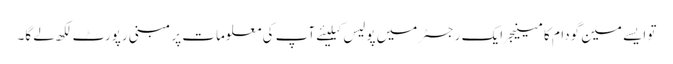
تو ایسے مین گودام کا مینیجر ایک رجسٹر میں پولیس کیلیئے آپ کی معلومات پر مبنی رپورٹ لکھ لے گا۔